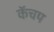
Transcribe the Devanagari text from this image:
कॅचप